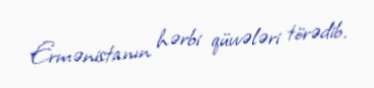
Ermənistanın hərbi qüvvələri törədib.